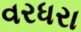
વરધરા